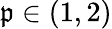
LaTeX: \mathfrak{p}\in(1,2)